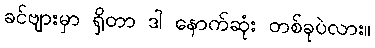
ခင်ဗျားမှာ ရှိတာ ဒါ နောက်ဆုံး တစ်ခုပဲလား။